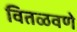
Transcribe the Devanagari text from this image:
वितळवणे